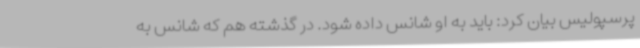
پرسپولیس بیان کرد: باید به او شانس داده شود. در گذشته هم که شانس به